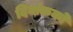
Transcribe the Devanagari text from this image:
दिनांकको